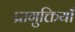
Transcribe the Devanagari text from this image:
प्रागुक्तियाँ